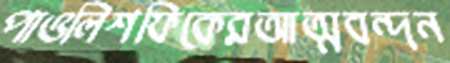
পাওলিশফিকেরআত্মবন্দন